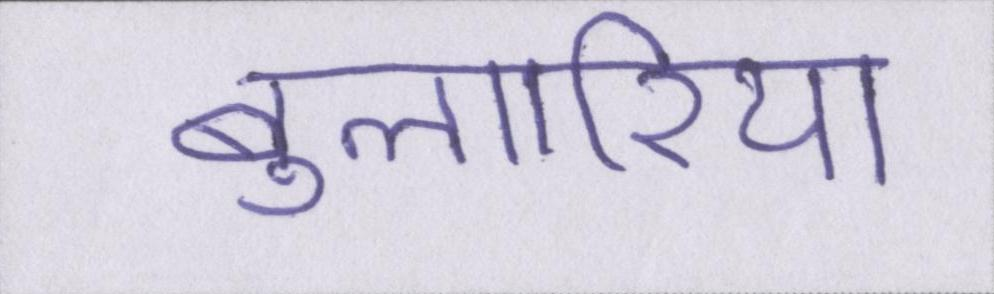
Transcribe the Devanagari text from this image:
बुल्गारिया